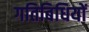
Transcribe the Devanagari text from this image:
गतिबिधियों